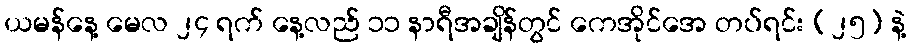
ယမန်နေ့ မေလ ၂၄ ရက် နေ့လည် ၁၁ နာရီအချိန်တွင် ကေအိုင်အေ တပ်ရင်း (၂၅) နဲ့